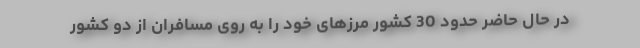
در حال حاضر حدود 30 کشور مرزهای خود را به روی مسافران از دو کشور